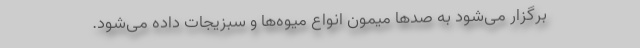
برگزار می‌شود به صد‌ها میمون انواع میوه‌ها و سبزیجات داده می‌شود.